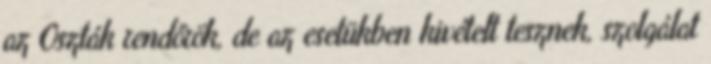
az Oszták rendőrök, de az esetükben kivételt tesznek, szolgálat